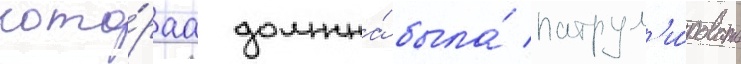
кото́раа должна́ была́ патрул'и́ровать